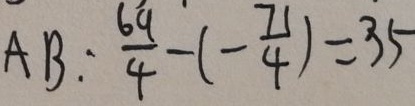
A B : \frac { 6 9 } { 4 } - ( - \frac { 7 1 } { 4 } ) = 3 5